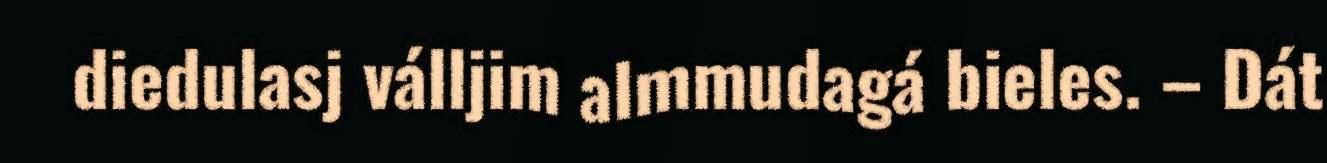
diedulasj válljim almmudagá bieles. – Dát